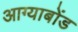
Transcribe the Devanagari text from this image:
आग्याबोंड